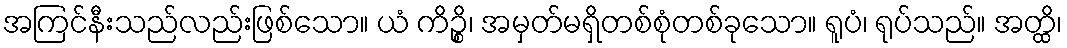
အကြင်နီးသည်လည်းဖြစ်သော။ ယံ ကိဉ္စိ၊ အမှတ်မရှိတစ်စုံတစ်ခုသော။ ရူပံ၊ ရုပ်သည်။ အတ္ထိ၊